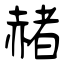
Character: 赭